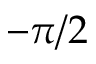
- \pi / 2